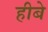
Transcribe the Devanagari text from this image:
हीबे